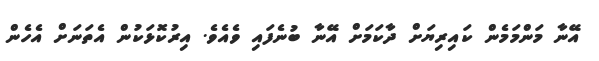
އޭނާ މަންމަމެން ކައިރިޔަށް ދާކަމަށް އޭނާ ބުނެފައި ވެއެވެ. އިރުކޮޅަކުން އެތަނަށް އެހެން